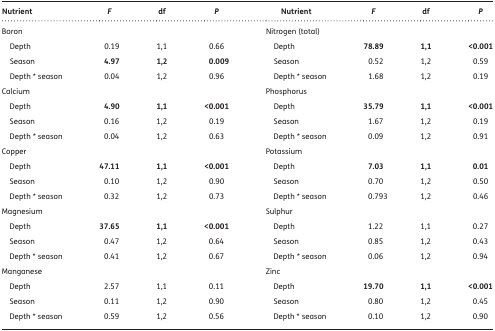
<table><thead><tr><td><b>Nutrient</b></td><td><b><i>F</i></b></td><td><b>df</b></td><td><b><i>P</i></b></td><td><b>Nutrient</b></td><td><b><i>F</i></b></td><td><b>df</b></td><td><b><i>P</i></b></td></tr></thead><tbody><tr><td colspan="4">Boron</td><td colspan="4">Nitrogen (total)</td></tr><tr><td> Depth</td><td>0.19</td><td>1,1</td><td>0.66</td><td> Depth</td><td><b>78.89</b></td><td><b>1,1</b></td><td><b>&lt;0.001</b></td></tr><tr><td> Season</td><td><b>4.97</b></td><td><b>1,2</b></td><td><b>0.009</b></td><td> Season</td><td>0.52</td><td>1,2</td><td>0.59</td></tr><tr><td> Depth * season</td><td>0.04</td><td>1,2</td><td>0.96</td><td> Depth * season</td><td>1.68</td><td>1,2</td><td>0.19</td></tr><tr><td colspan="4">Calcium</td><td colspan="4">Phosphorus</td></tr><tr><td> Depth</td><td><b>4.90</b></td><td><b>1,1</b></td><td><b>&lt;0.001</b></td><td> Depth</td><td><b>35.79</b></td><td><b>1,1</b></td><td><b>&lt;0.001</b></td></tr><tr><td> Season</td><td>0.16</td><td>1,2</td><td>0.19</td><td> Season</td><td>1.67</td><td>1,2</td><td>0.19</td></tr><tr><td> Depth * season</td><td>0.04</td><td>1,2</td><td>0.63</td><td> Depth * season</td><td>0.09</td><td>1,2</td><td>0.91</td></tr><tr><td colspan="4">Copper</td><td colspan="4">Potassium</td></tr><tr><td> Depth</td><td><b>47.11</b></td><td><b>1,1</b></td><td><b>&lt;0.001</b></td><td> Depth</td><td><b>7.03</b></td><td><b>1,1</b></td><td><b>0.01</b></td></tr><tr><td> Season</td><td>0.10</td><td>1,2</td><td>0.90</td><td> Season</td><td>0.70</td><td>1,2</td><td>0.50</td></tr><tr><td> Depth * season</td><td>0.32</td><td>1,2</td><td>0.73</td><td> Depth * season</td><td>0.793</td><td>1,2</td><td>0.46</td></tr><tr><td colspan="4">Magnesium</td><td colspan="4">Sulphur</td></tr><tr><td> Depth</td><td><b>37.65</b></td><td><b>1,1</b></td><td><b>&lt;0.001</b></td><td> Depth</td><td>1.22</td><td>1,1</td><td>0.27</td></tr><tr><td> Season</td><td>0.47</td><td>1,2</td><td>0.64</td><td> Season</td><td>0.85</td><td>1,2</td><td>0.43</td></tr><tr><td> Depth * season</td><td>0.41</td><td>1,2</td><td>0.67</td><td> Depth * season</td><td>0.06</td><td>1,2</td><td>0.94</td></tr><tr><td colspan="4">Manganese</td><td colspan="4">Zinc</td></tr><tr><td> Depth</td><td>2.57</td><td>1,1</td><td>0.11</td><td> Depth</td><td><b>19.70</b></td><td><b>1,1</b></td><td><b>&lt;0.001</b></td></tr><tr><td> Season</td><td>0.11</td><td>1,2</td><td>0.90</td><td> Season</td><td>0.80</td><td>1,2</td><td>0.45</td></tr><tr><td> Depth * season</td><td>0.59</td><td>1,2</td><td>0.56</td><td> Depth * season</td><td>0.10</td><td>1,2</td><td>0.90</td></tr></tbody></table>